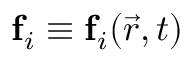
\mathbf { f } _ { i } \equiv \mathbf { f } _ { i } ( \vec { r } , t )